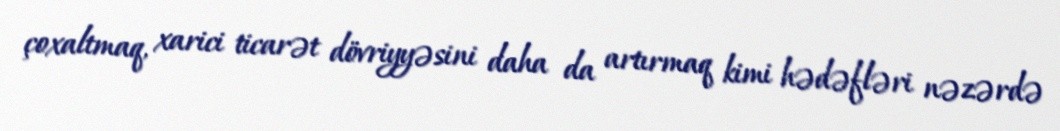
çoxaltmaq, xarici ticarət dövriyyəsini daha da artırmaq kimi hədəfləri nəzərdə